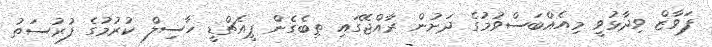
ފަވާޒް ވިދާޅުވީ މިއެއްބަސްވުމުގެ ދަށުން ރާއްޖޭގައި ތިބެގެން ޕީއެޗްޑީ ހާސިލް ކުރުމުގެ ފުރުސަތު